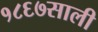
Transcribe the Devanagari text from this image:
१८६७साली